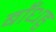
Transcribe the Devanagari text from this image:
बाँधहु